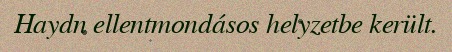
Haydn ellentmondásos helyzetbe került.